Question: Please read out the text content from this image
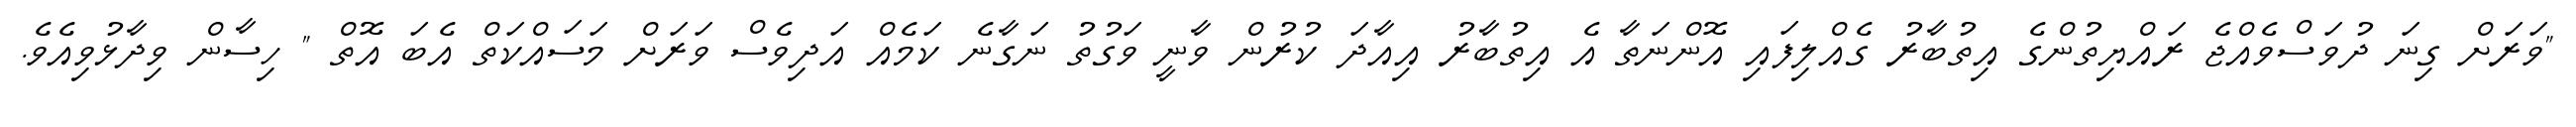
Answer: "ވަރަށް ގިނަ ދުވަސްވެއްޖެ ރައްޔިތުންގެ އިތުބާރު ގެއްލިފައި އޮންނަތާ އެ އިތުބާރު އިއާދަ ކުރުން ވާނީ ވަގުތު ނަގާނެ ކަމެއް އަދިވެސް ވަރަށް މަސައްކަތް އެބަ އޮތް " ހިސާން ވިދާޅުވިއެވެ.